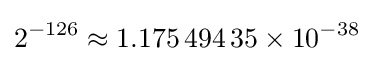
2^{-126}\approx 1.175\,494\,35\times 10^{-38}